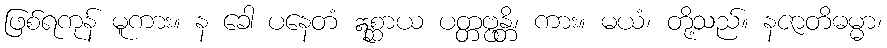
ဖြစ်ရကုန် မူကား။ န ခေါ ပနေတံ ဣစ္ဆာယ ပတ္တဗ္ဗန္တိ၊ ကား။ မယံ၊ တို့သည်။ နဇာတိဓမ္မာ၊